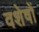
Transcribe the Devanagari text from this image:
वशेषों